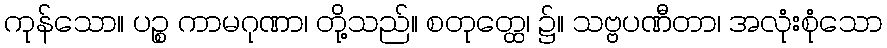
ကုန်သော။ ပဉ္စ ကာမဂုဏာ၊ တို့သည်။ စတုတ္ထေ၊ ၌။ သဗ္ဗပဏီတာ၊ အလုံးစုံသော